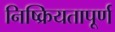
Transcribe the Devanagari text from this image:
निष्क्रियतापूर्ण